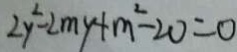
2 y ^ { 2 } - 2 m y + m ^ { 2 } - 2 0 = 0